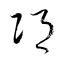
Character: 卭